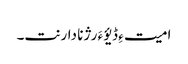
امیت ءِ ڈیؤ ءَ رژنا دارنت۔